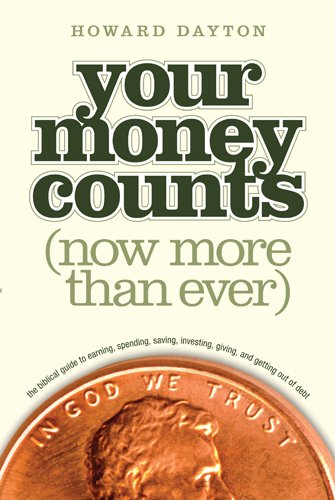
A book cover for Your Money Counts: The Biblical Guide to Earning, Spending, Saving, Investing, Giving, and Getting Out of Debt; Howard L., Jr. Dayton; Christian Books & Bibles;